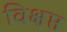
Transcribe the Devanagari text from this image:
विक्षप्त